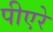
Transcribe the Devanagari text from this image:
पीएरे